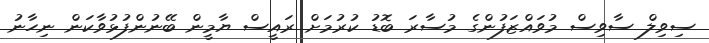
ސިވިލް ސާވިސް މުވައްޒަފުންގެ މުސާރަ ބޮޑު ކުރުމަށް ރައީސް ޔާމީން ބޭނުންފުޅުވާކަން ނިހާނު